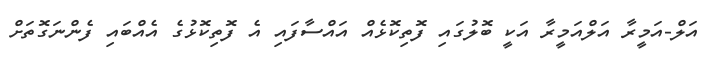
އަލް-އަމީރާ އަލްއަމީރާ އަކީ ބޮލުގައި ފޮތިކޮޅެއް އައްސާފައި އެ ފޮތިކޮޅުގެ އެއްބައި ފެންނަގޮތަށް